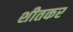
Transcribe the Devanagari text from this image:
शीतकर